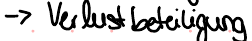
- Verlustbeteiligung